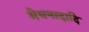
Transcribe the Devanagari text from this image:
मेघनादादि